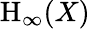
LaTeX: \mathrm{H}_{\infty}(X)